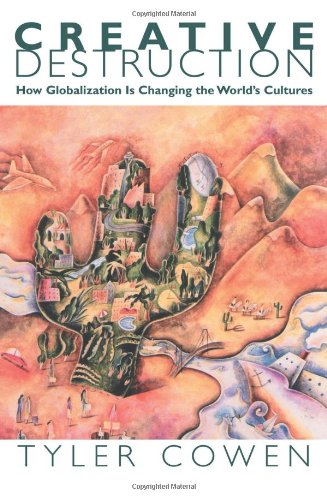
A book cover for Creative Destruction: How Globalization Is Changing the World's Cultures; Tyler Cowen; Business & Money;